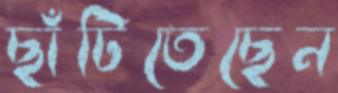
ছাঁটিতেছেন